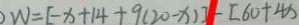
W = [ - x + 1 4 + 9 ( 2 0 - x ) ] - [ 6 0 + 4 x